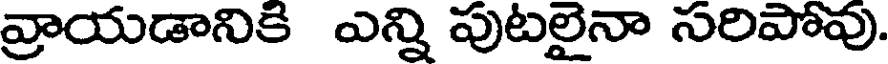
వ్రాయడానికి ఎన్ని పుటలైనా సరిపోవు.